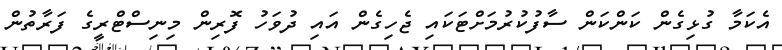
އެކަމާ ގުޅިގެން ކަންކަން ސާފުކުރުމަށްޓަކައި ޖެހިގެން އައި ދުވަހު ފޮރިން މިނިސްޓްރީގެ ފަރާތުން